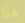
منا